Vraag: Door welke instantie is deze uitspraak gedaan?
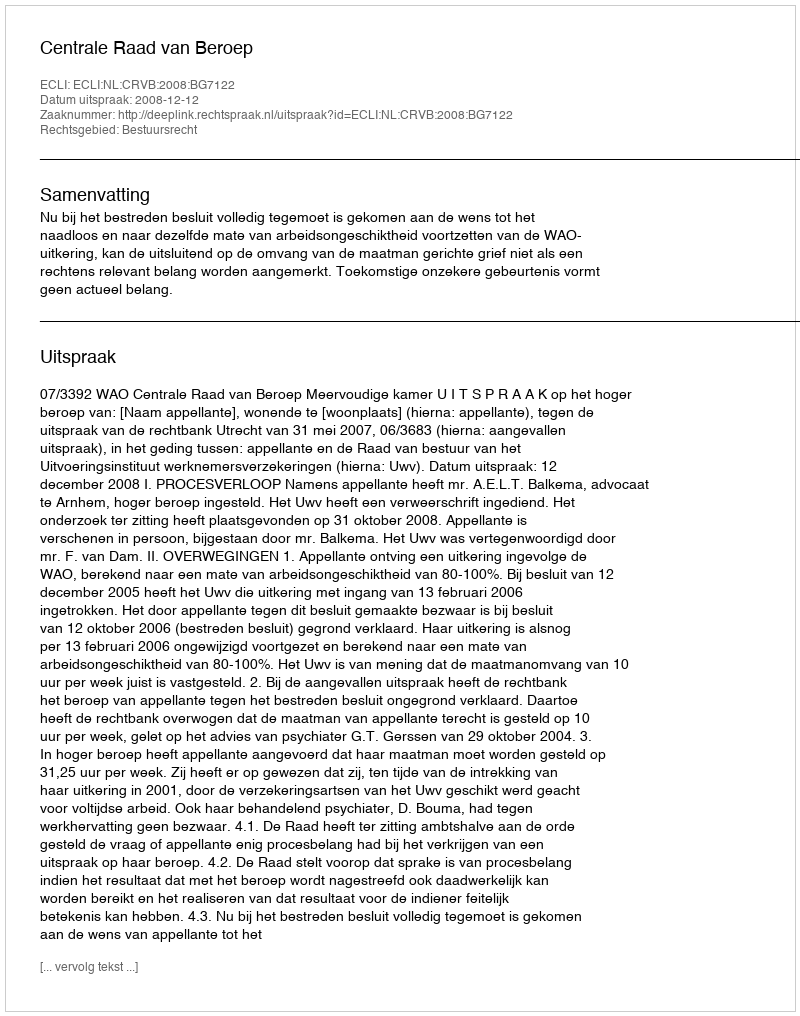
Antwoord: Centrale Raad van Beroep